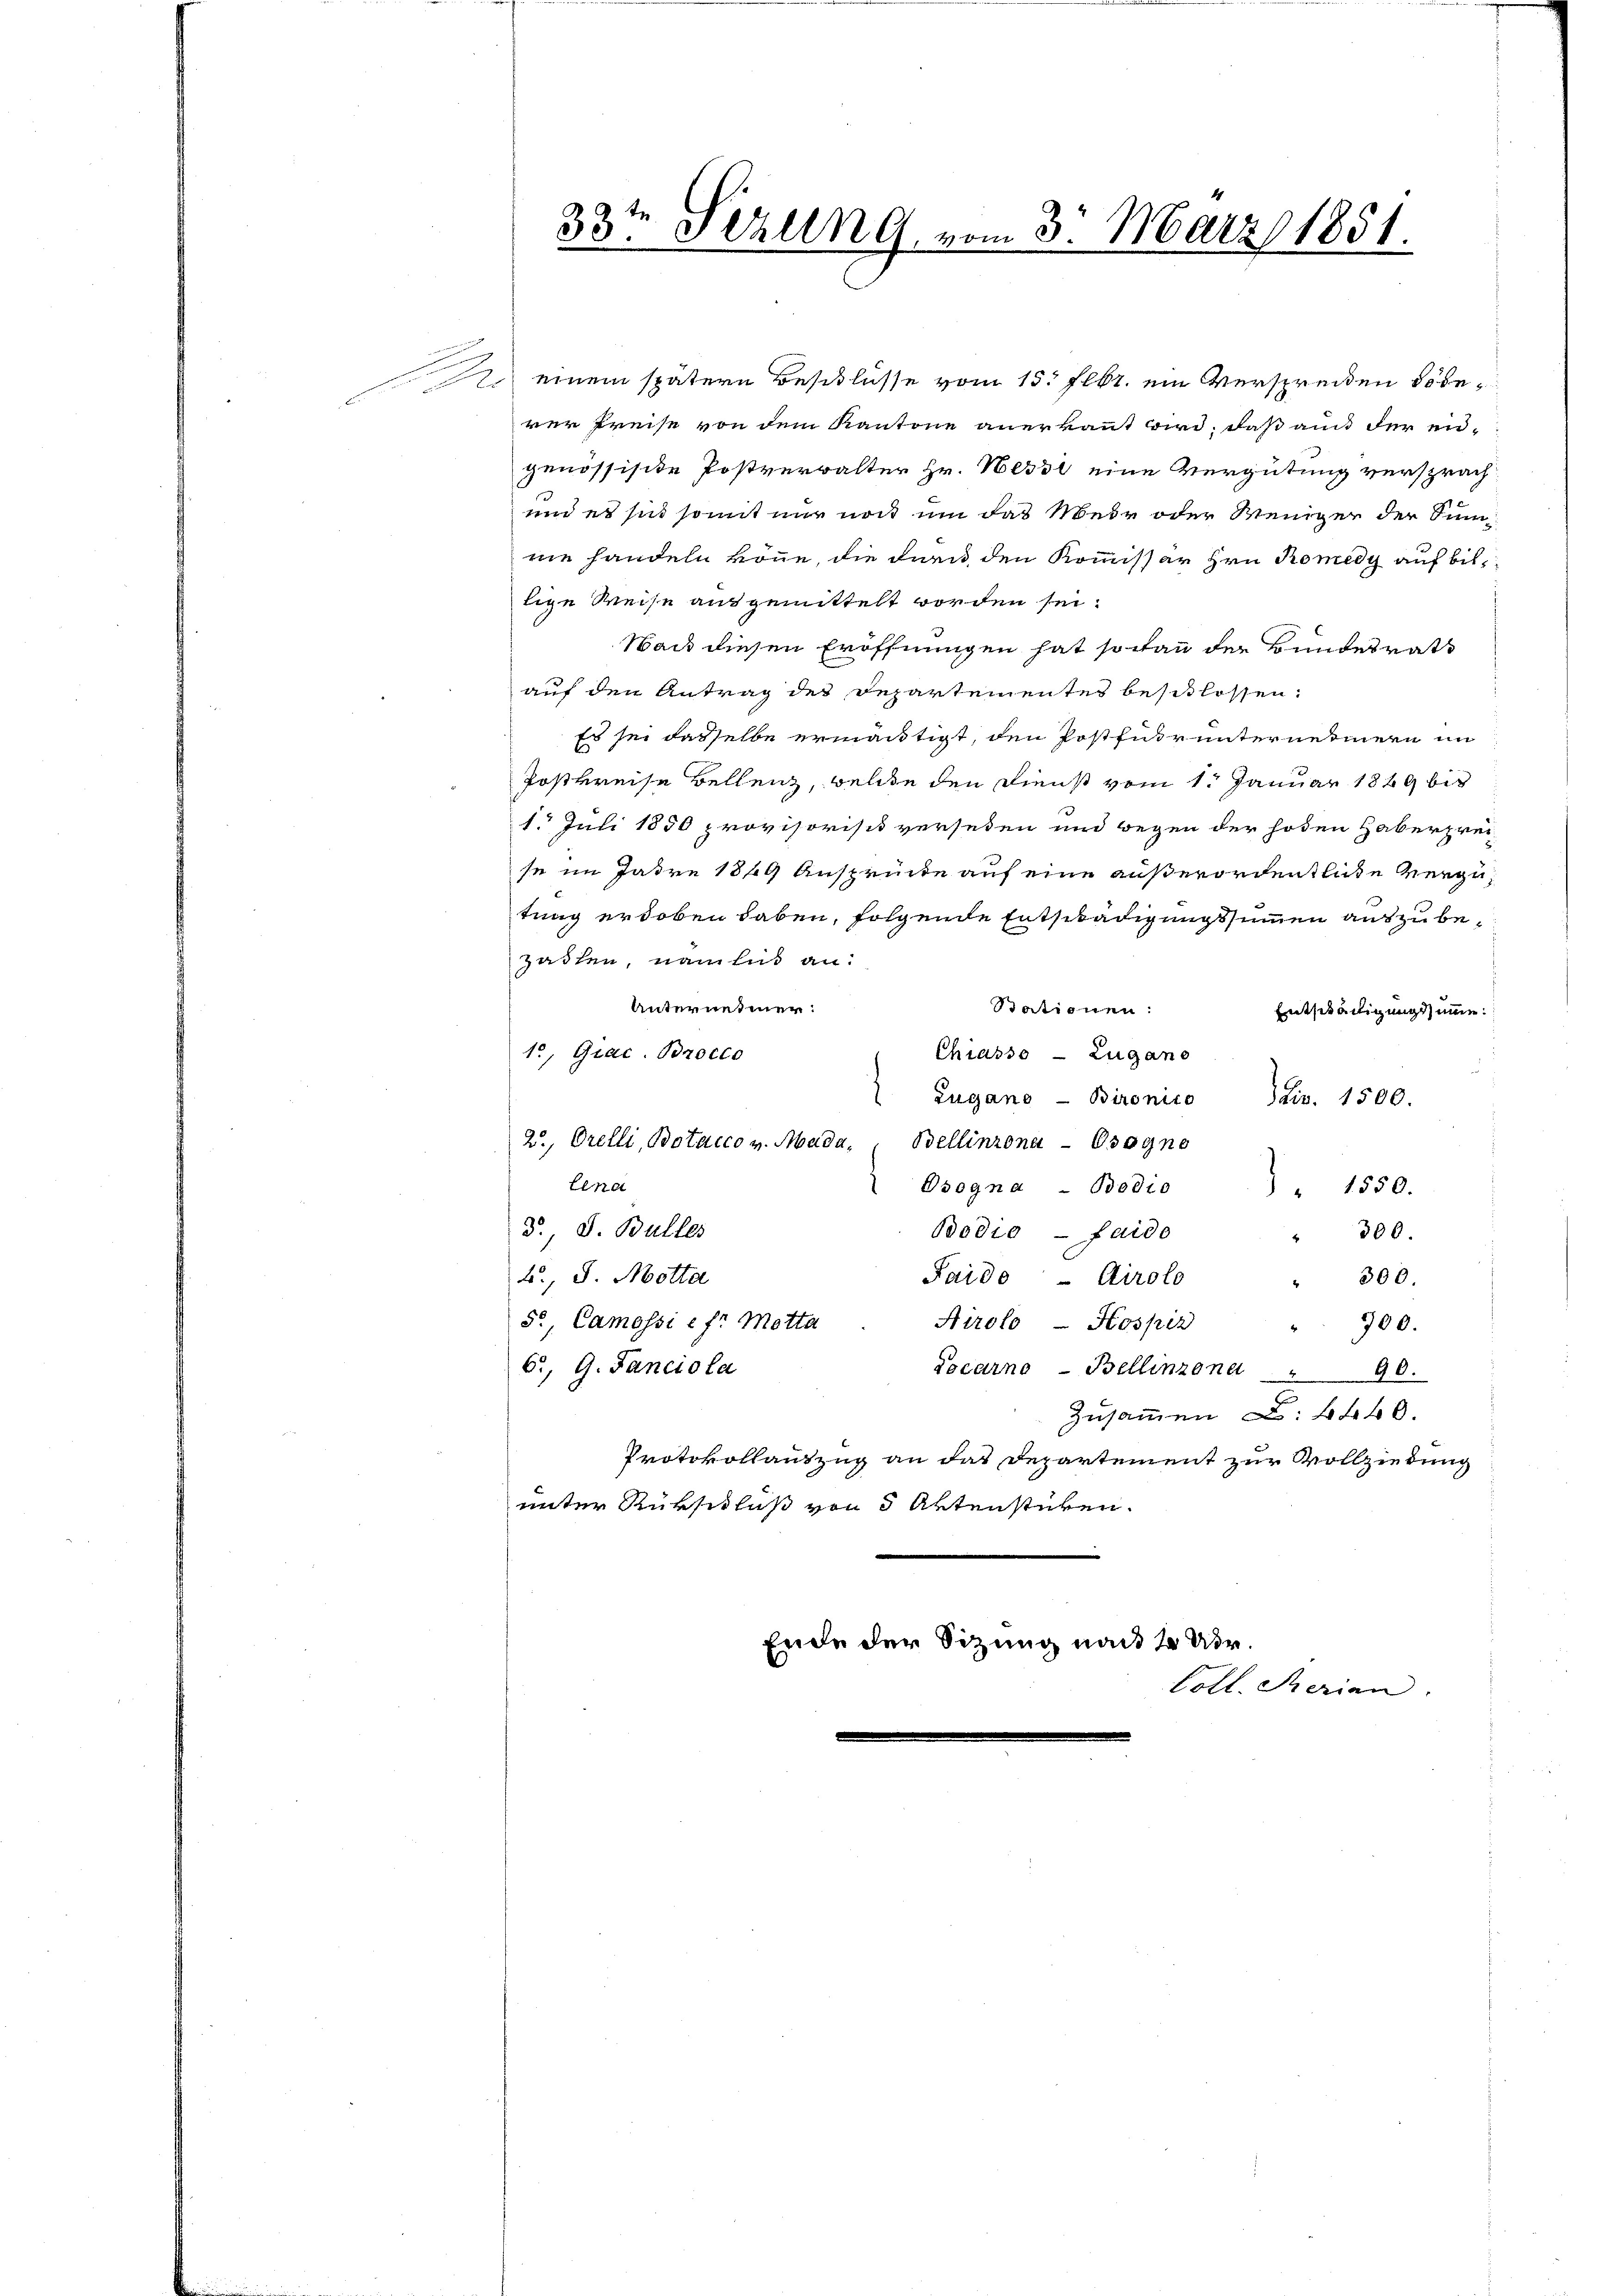
rer Preise von dem Kantone anerkannt wird, daß auch der end-
genössisite Postverwalter Hr. Nessi eine Vergütung versprach
und es sind somit nur noch um das Meir oder Weniger der Sinnnie handeln könne, die durch den Kommissär Hrn. Romedy auf bislige Weise ausgemittelt worden sei.
Wand diesen Eröffnungen hat so kann der Bundesrath
auf den Antrag des Departementes beschlossen:
Es sei dasselbe ermächtigt, den Postfuhr unternennern im
Postkreise Bellenz, welche den Dienst vom 1. Januar 1849 bis
1. Juli 1850 provisorist versehen und wegen der hoden Haberprei
se im Jahre 1849 Ansprücke auf eine außerordentliche vergetung erhoben haben, folgende Entschädigungssummen auszubezahlen, namlis an:
Unternehmer:
Stationen:
Entschädigungssumme
1., Giac. Brocco
Chiasso - Zugano
Zugano- Bironico Daiv. 1500.
2., Orelli, Botacco v. Mada, Bellinzona - Osogno
lena
Osogna - Bedio
 " 1550.
3., S. Balles
Bodio — faide
300.
2., S. Motta
Paide - Airolo
300.
5., Camossi e fr Motta
Airolo - Hospiz
700.
6., G. Fanciola
Tocarno - Bellinzona " 90.
Zusammen u. 4460.
Protokollantzug an das Departement zur Vollziedung
unter Rükschluß von 5 Aktenstüren.

33t Setzung, vom 3. März 1851.

einem spätern Beschlüsse vom 15. Febr. ein Versprechen Töbe¬

Ende der Sitzung nach 2 Uhr.
Coll. Serian.